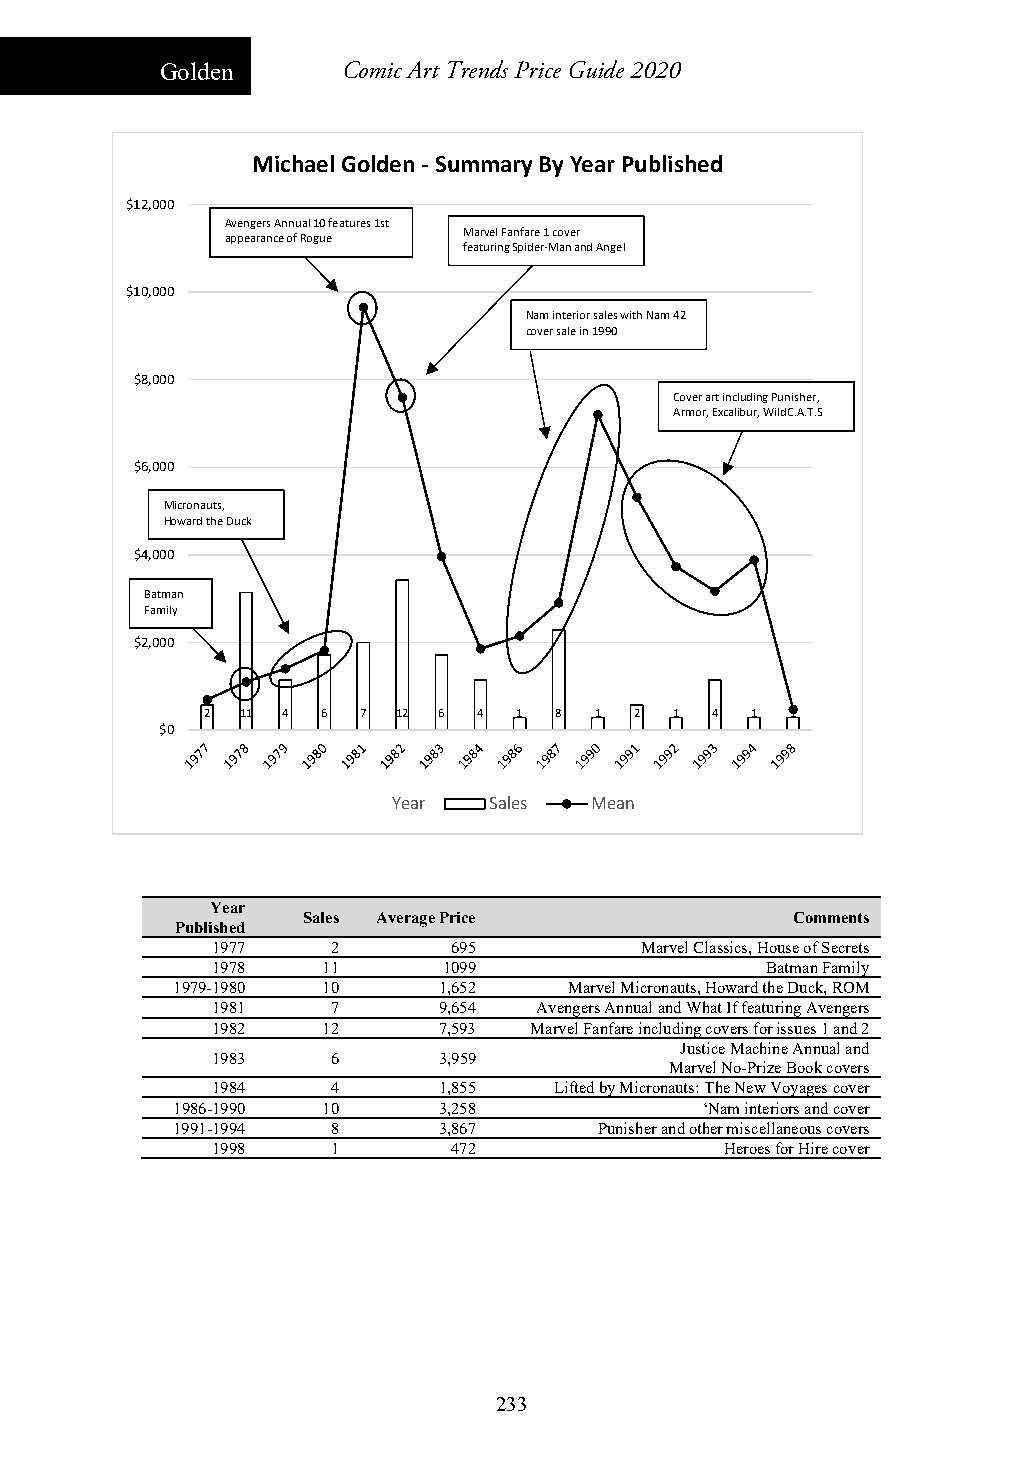
Golden      Comic Art Trends Price Guide 2020
 Michael Golden ‐Summary By Year Published
 $12,000
 Avengers Annual 10 features1st
 Marvel Fanfare 1 cover
 appearance of Rogue
 featuring Spider‐Man and Angel
 $10,000
 Nam interior sales with Nam 42
 cover sale in 1990
 $8,000
 Coverart including Punisher,
 Armor, Excalibur, WildC.A.T.S
 $6,000
 Micronauts,
 Howard the Duck
 $4,000
 Batman
 Family
 $2,000
 2  11 4 6  7 12 6  4 1  8 1  2  1 4  1 1
 $0
 Year  Sales  Mean
 Year
 Sales Average Price             Comments
 Published
 1977    2       695         Marvel Classics, House of Secrets
 1978   11      1099                  Batman Family
 1979-1980 10      1,652    Marvel Micronauts, Howard the Duck, ROM
 1981    7      9,654 Avengers Annual and What If featuring Avengers
 1982   12      7,593 Marvel Fanfare including covers for issues 1 and 2
 Justice Machine Annual and
 1983    6      3,959
 Marvel No-Prize Book covers
 1984    4      1,855   Lifted by Micronauts: The New Voyages cover
 1986-1990 10      3,258             ‘Naminteriors and cover
 1991-1994  8      3,867      Punisher and other miscellaneous covers
 1998    1       472               Heroes for Hire cover
 233